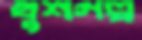
খুশগল্প